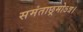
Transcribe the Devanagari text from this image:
समंताछ्रमोऽत्र।